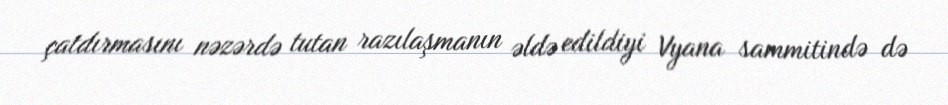
çatdırmasını nəzərdə tutan razılaşmanın əldə edildiyi Vyana sammitində də